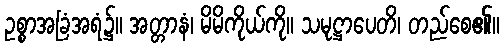
ဥစ္စာအခြံအရံ၌။ အတ္တာနံ၊ မိမိကိုယ်ကို။ သမုဋ္ဌာပေတိ၊ တည်စေ၏။